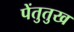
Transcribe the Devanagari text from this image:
पेंतुतुख